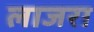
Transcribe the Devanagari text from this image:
लाजरा